Annual report on the mental hospital in the Central Provinces and Berar (Nagpur) - 1927-1951
Year: 1927
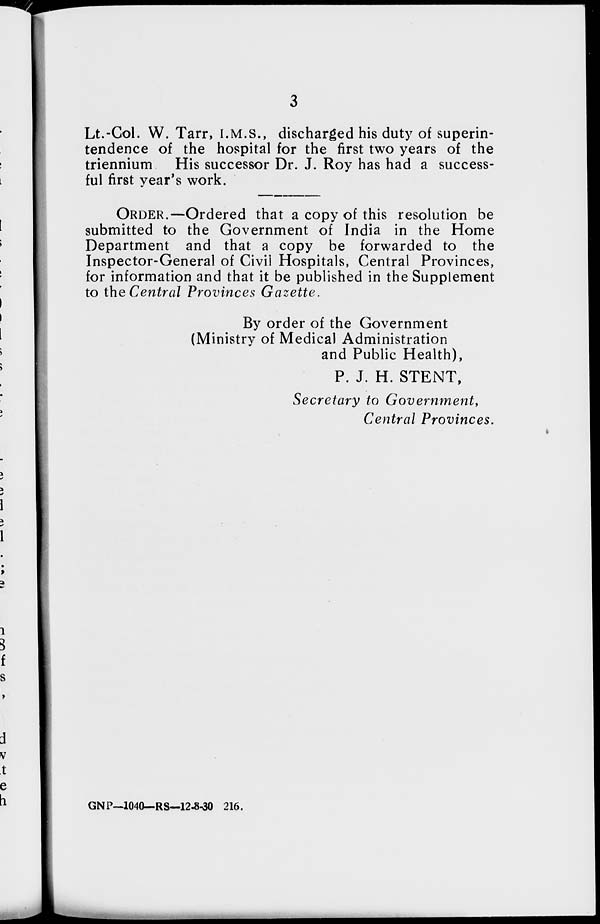
3
Lt.-Col. W. Tarr, I.M.S., discharged his duty of superin-
tendence of the hospital for the first two years of the
triennium
His successor Dr. J. Roy has had a success-
ful first year's work.
ORDER.—Ordered that a copy of this resolution be
submitted to the Government of India in the Home
Department and that a copy be forwarded to the
Inspector-General of Civil Hospitals, Central Provinces,
for information and that it be published in the Supplement
to the Central Provinces Gazette.
By order of the Government
(Ministry of Medical Administration
and Public Health),
P. J. H. STENT,
Secretary to Government,
Central Provinces.
GNP—1040— RS—12-8-30 216.